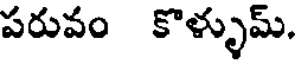
పరువం కొళ్ళుమ్.